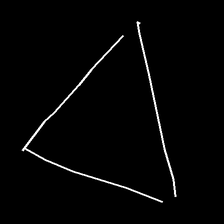
Glyph: convergence